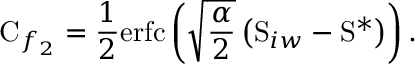
\mathrm { C } _ { f _ { 2 } } = \frac { 1 } { 2 } \mathrm { e r f c } \left( \sqrt { \frac { \alpha } { 2 } } \left( \mathrm { S } _ { i w } - \mathrm { S } ^ { \ast } \right) \right) .